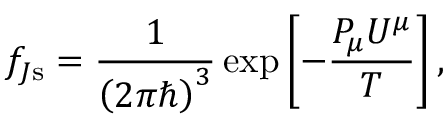
f _ { J \mathrm { s } } = \frac { 1 } { \left( 2 \pi \hbar \right) ^ { 3 } } \exp \left[ - \frac { P _ { \mu } U ^ { \mu } } { T } \right] ,